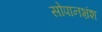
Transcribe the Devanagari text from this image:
सोपानभ्रंश